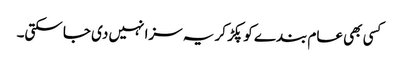
کسی بھی عام بندے کو پکڑ کر یہ سزا نہیں دی جا سکتی۔